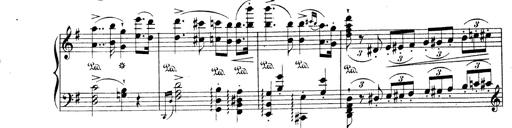
Title: Wagner-Liszt Album
Composer: Franz Liszt